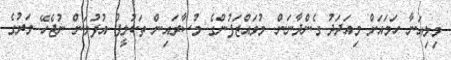
މިލިއަނާ ހަމައަށް މިއަދަދު ގެންދާނަން. މުވައްޒަފުންގެ މުސާރައިން ތަކުލީފު އުފުލަން ނުޖެހޭ ވަރުގެ